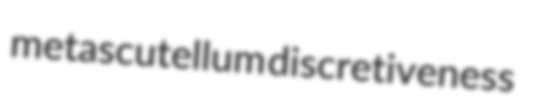
metascutellum discretiveness